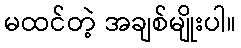
မထင်တဲ့ အချစ်မျိုးပါ။